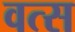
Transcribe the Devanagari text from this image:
वत्‍स